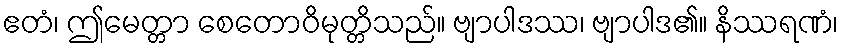
ဧတံ၊ ဤမေတ္တာ စေတောဝိမုတ္တိသည်။ ဗျာပါဒဿ၊ ဗျာပါဒ၏။ နိဿရဏံ၊